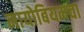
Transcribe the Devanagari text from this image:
नायोबियमचा